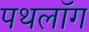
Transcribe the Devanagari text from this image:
पथलॉग